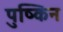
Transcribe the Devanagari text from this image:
पुष्किन